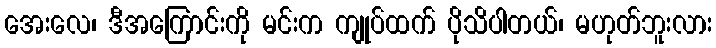
အေးလေ၊ ဒီအကြောင်းကို မင်းက ကျုပ်ထက် ပိုသိပါတယ်၊ မဟုတ်ဘူးလား